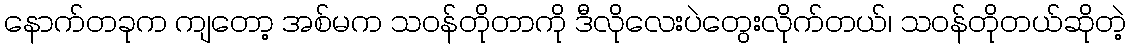
နောက်တခုက ကျတော့ အစ်မက သဝန်တိုတာကို ဒီလိုလေးပဲတွေးလိုက်တယ်၊ သဝန်တိုတယ်ဆိုတဲ့